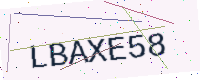
Text: LBAXE58